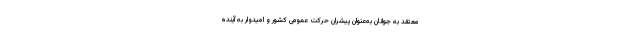
معتقد به جوانان به‌عنوان پیشران حرکت عمومی کشور و امیدوار به آینده